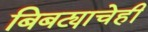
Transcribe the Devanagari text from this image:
बिबट्याचेही